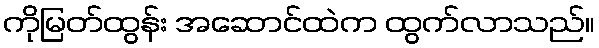
ကိုမြတ်ထွန်း အဆောင်ထဲက ထွက်လာသည်။